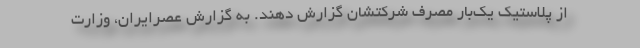
از پلاستیک یک‌بار مصرف شرکتشان گزارش دهند. به گزارش عصرایران، وزارت